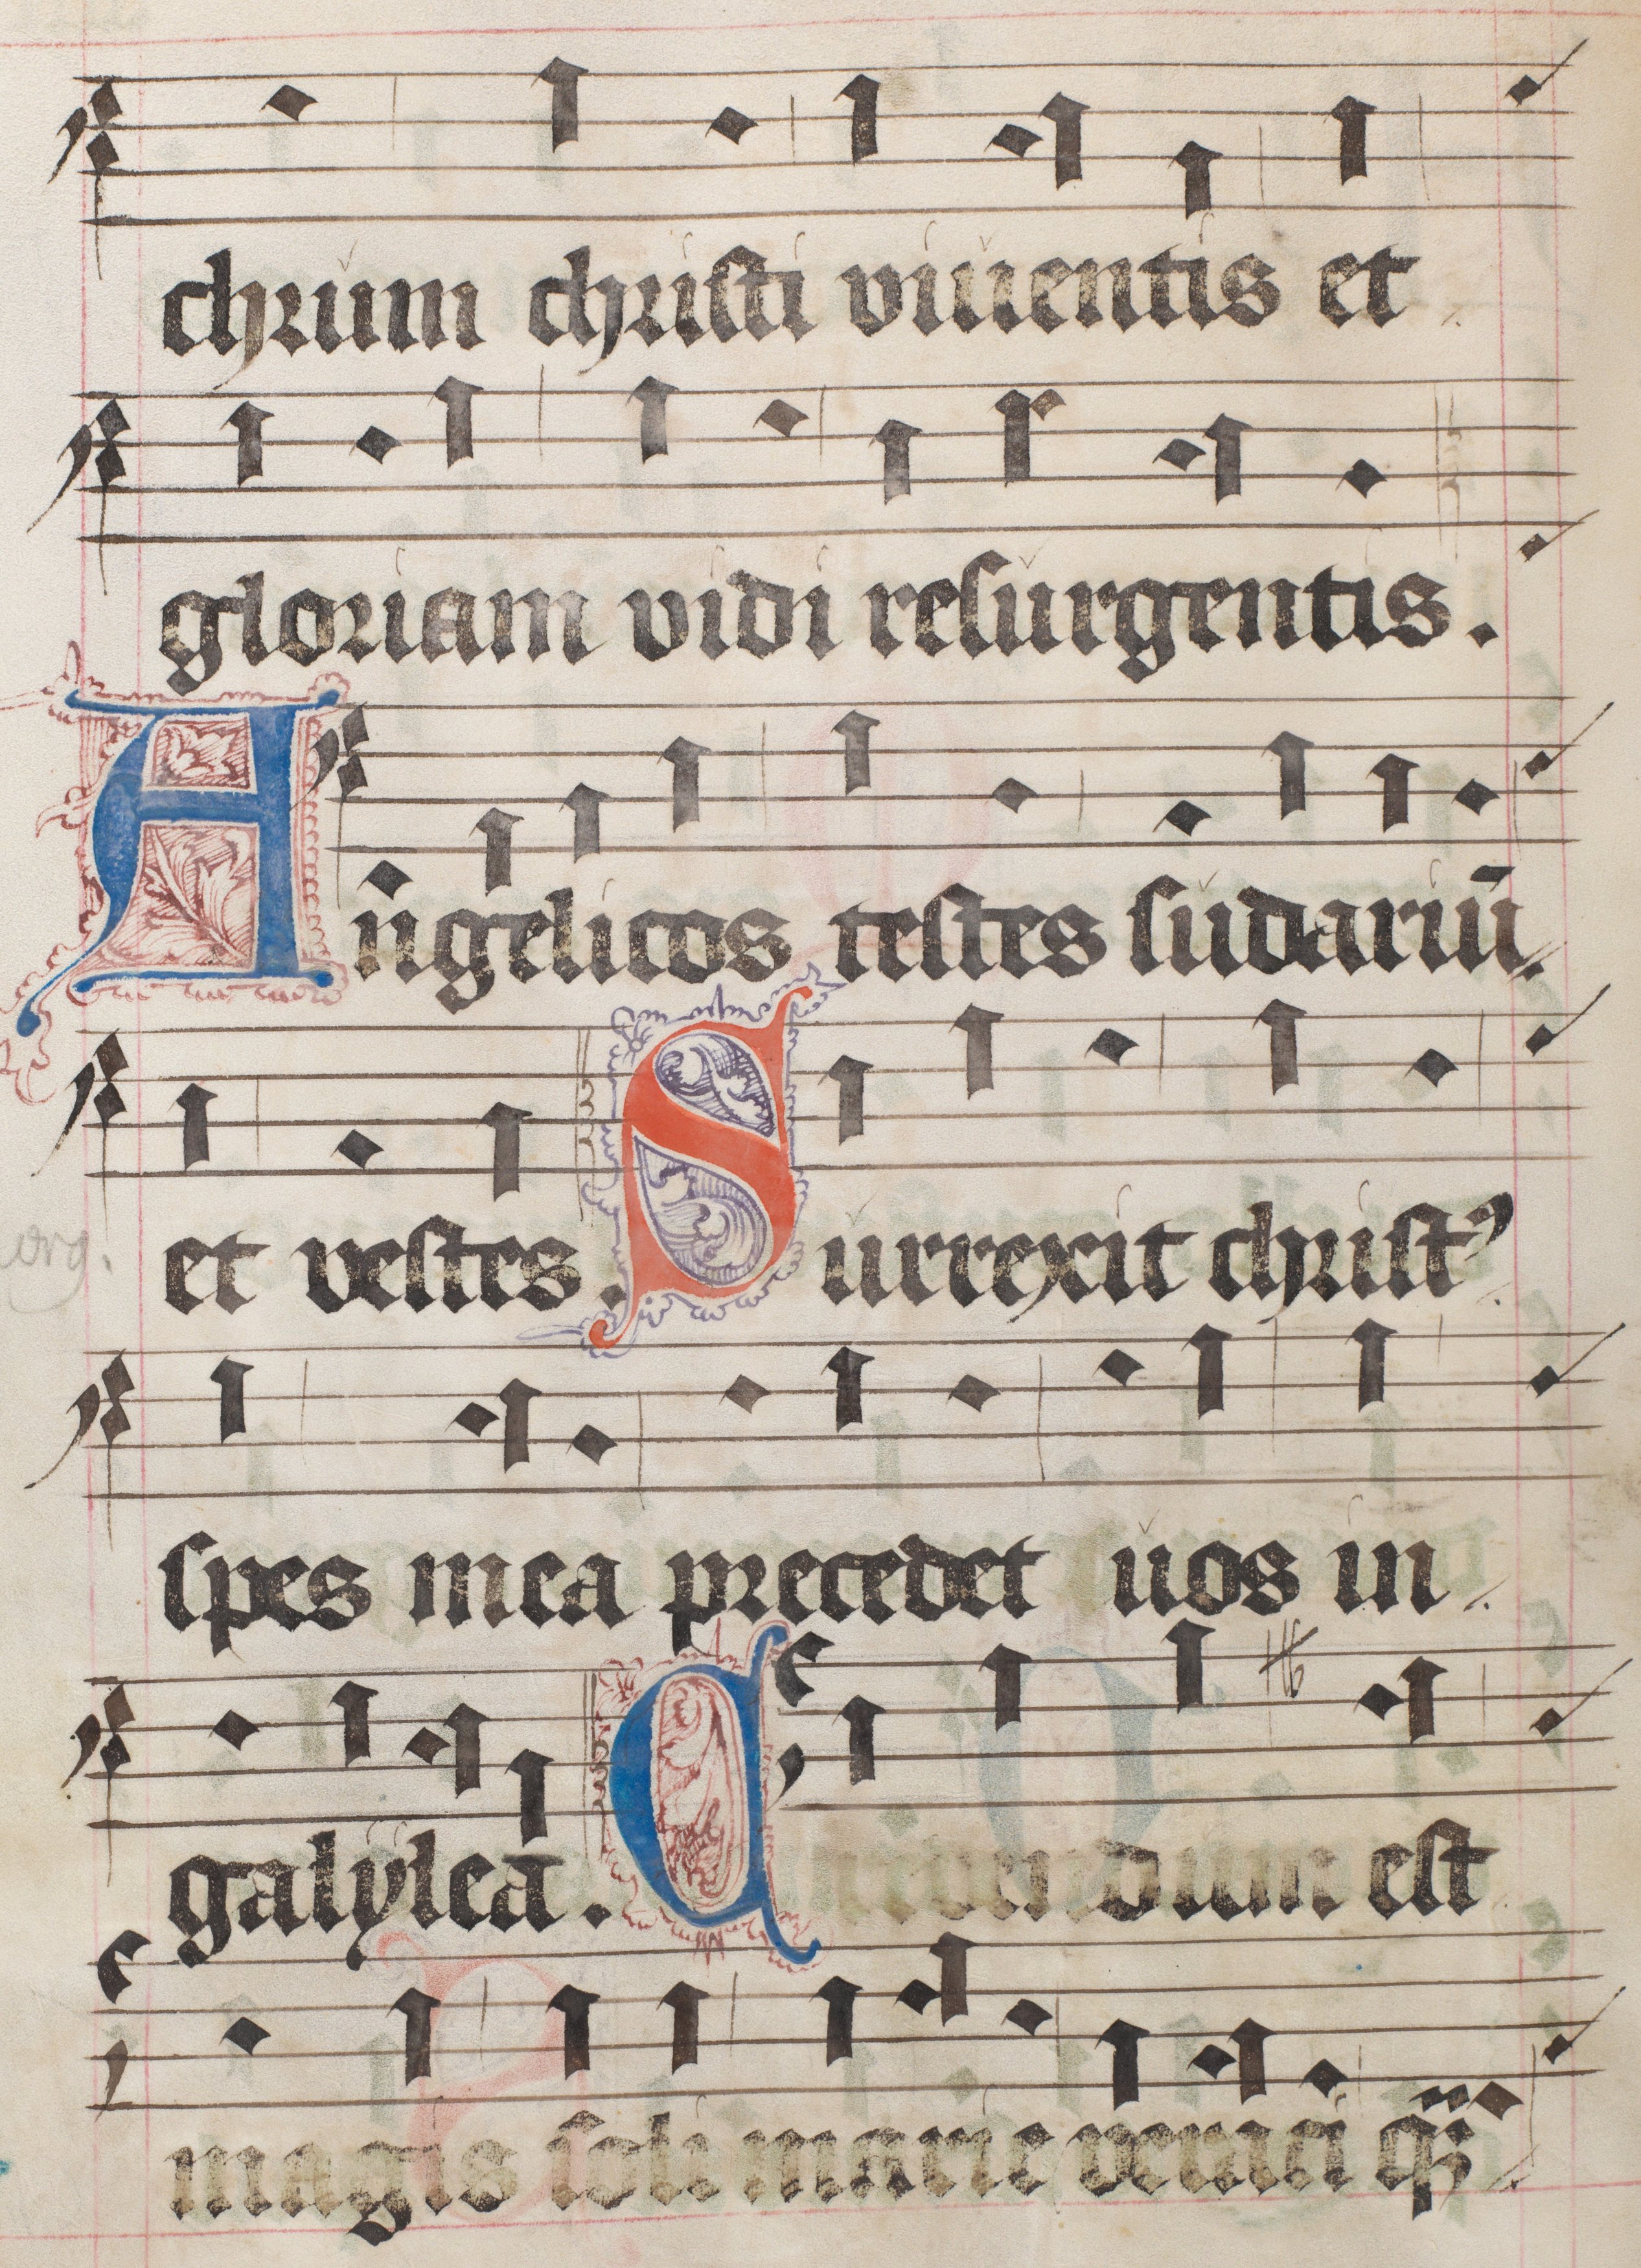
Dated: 1556–1559